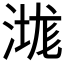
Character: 㴳